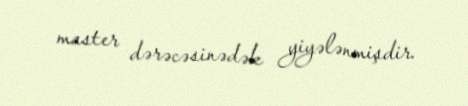
master dərəcəsinədək yiyələnmişdir.